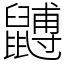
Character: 䶈